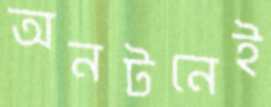
অনটনেই